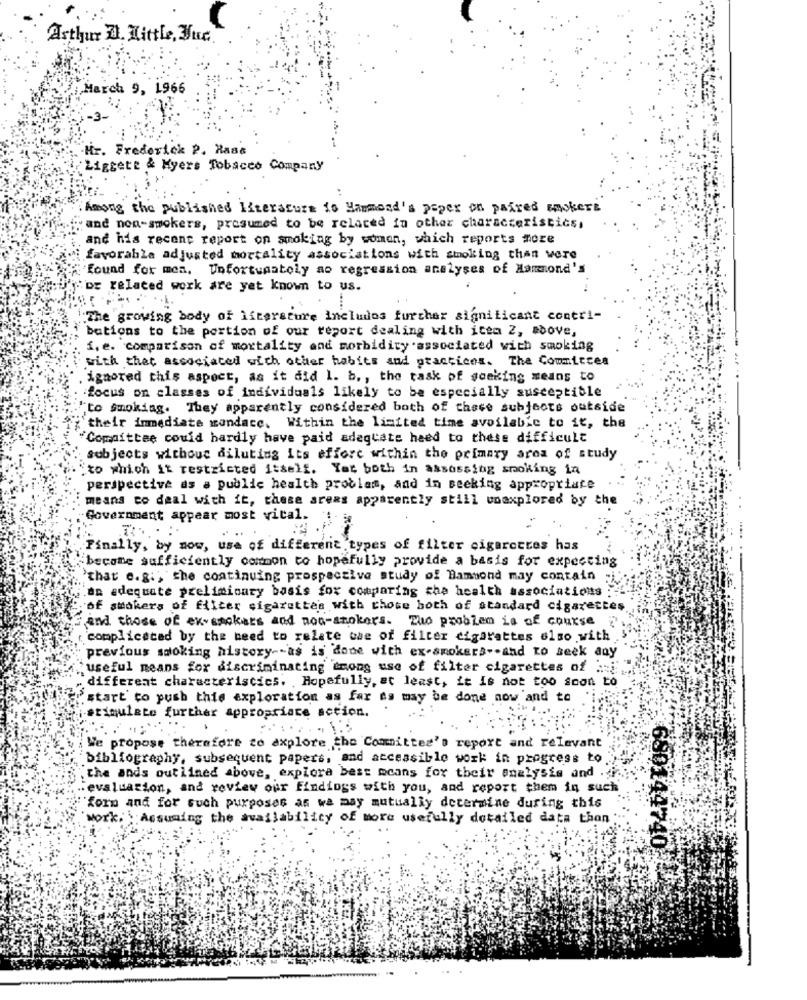
Asthur Z. Little, Muc.
March 9, 1966
Mr. Frederick P. Hase
Liggete & Myers Tobacco Company
.Among the published literature to Hammond's peper on paired maskers
"and non-smokers, presumed to be related fa other characteristics,
and his recent report on smoking by women, which reports more
favorable adjusted mortality associations with smoking than were
"found for men, Unfortunately ao regression analyses of Hammond's
:or related work are yet known to us.
:The growing body of literature includos further significant contri-
bations to the portion of our report dealing with item 2, above,
i. e. comparison of mortality and morbidity associated with smoking
with thet associated with other habits and practices. The Commitces
ignored this aspect, as it did I. b ., the task of seeking means to
focus on classes of individuals likely to be especially susceptible
to smoking. They apparently considered both of these subjects outside
; their immediate mondacc. Within the limited time available to it, the
"Committee could hardly have paid adequate heed to these difficult
subjects without diluting its effort within the primary area of study
to which it restricted itself. You both in assessing smoking in
perspective as a public health problam, and in seeking appropriate
means to deal with it, these areas apparently still unexplored by the
Government appear most vital.
Finally, by now, use of different types of filter cigarettes has
become sufficiently common to hopefully provide a basis for expecting
`that e.g. , the continuing prospective study of Hammond may contain
an adequate preliminary basis for comparing cha health associations
of stokers of filter cigarettes with chose both of standard cigarettes.
and those of ex-smokers and non-smokers. Zuo problem is of course
complicated by the need to relate che of filter cigarettes elso with
previous smoking history -- as is done with ex-smokers -- and to seek any
useful means for discriminating among use of filter cigarettes of
different characteristics. Hopefully, at least, it is not too soon to
start to push this exploration as far as may be done now and to
stimulate further appropriate action.
We propose therefore to explore the Committee's report and relevant
bibliography, subsequent papers, and accessible work in progress to
the ands outlined above, explora best mcans for their analysis and . i.
evaluacion, and review our Findings with you, and report them in such
"form and for such purposes as we may mutually determine during this
work. Assuming the availability of more usefully detailed data thon :
650144740;